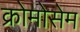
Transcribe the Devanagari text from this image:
क्रोमोसेम